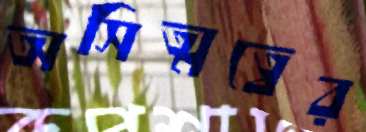
অসিত্মত্বের